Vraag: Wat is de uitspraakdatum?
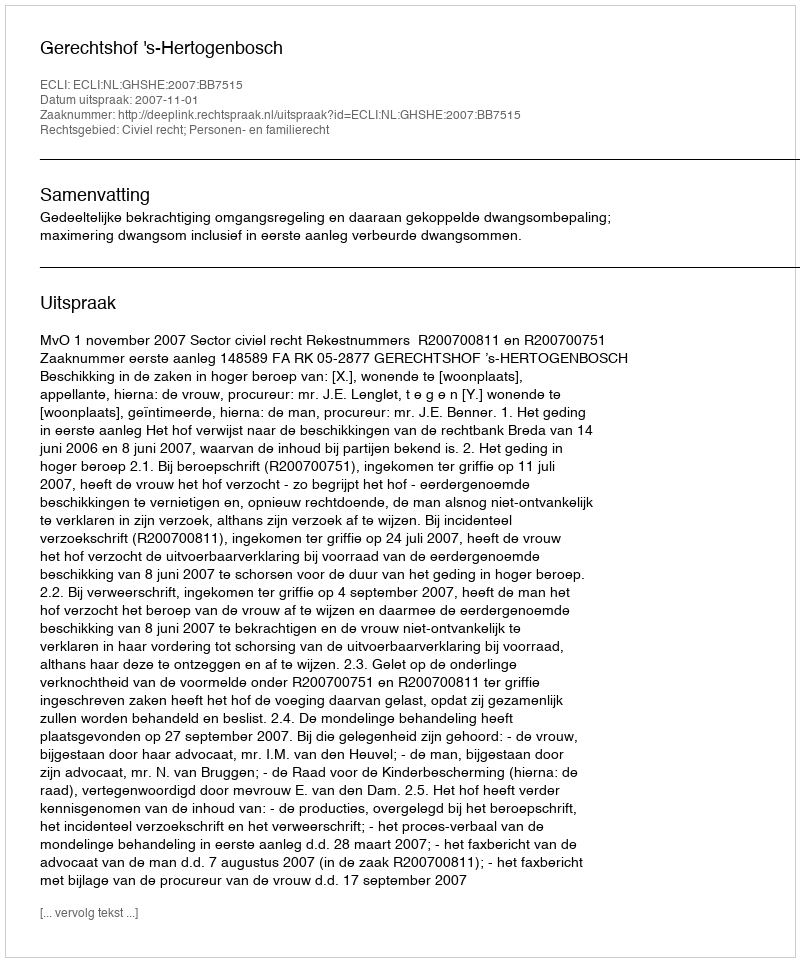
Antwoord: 2007-11-01